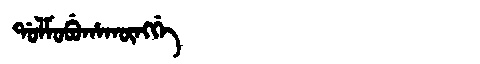
Manchu: ᡩᠣᠯᠮᠣᠪᡠᡥᠠᡴᡡᠩᡤᡝ
Romanization: DOLMOBUHAKŪNGGE